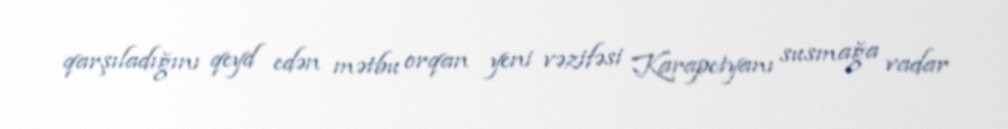
qarşıladığını qeyd edən mətbu orqan yeni vəzifəsi Karapetyanı susmağa vadar